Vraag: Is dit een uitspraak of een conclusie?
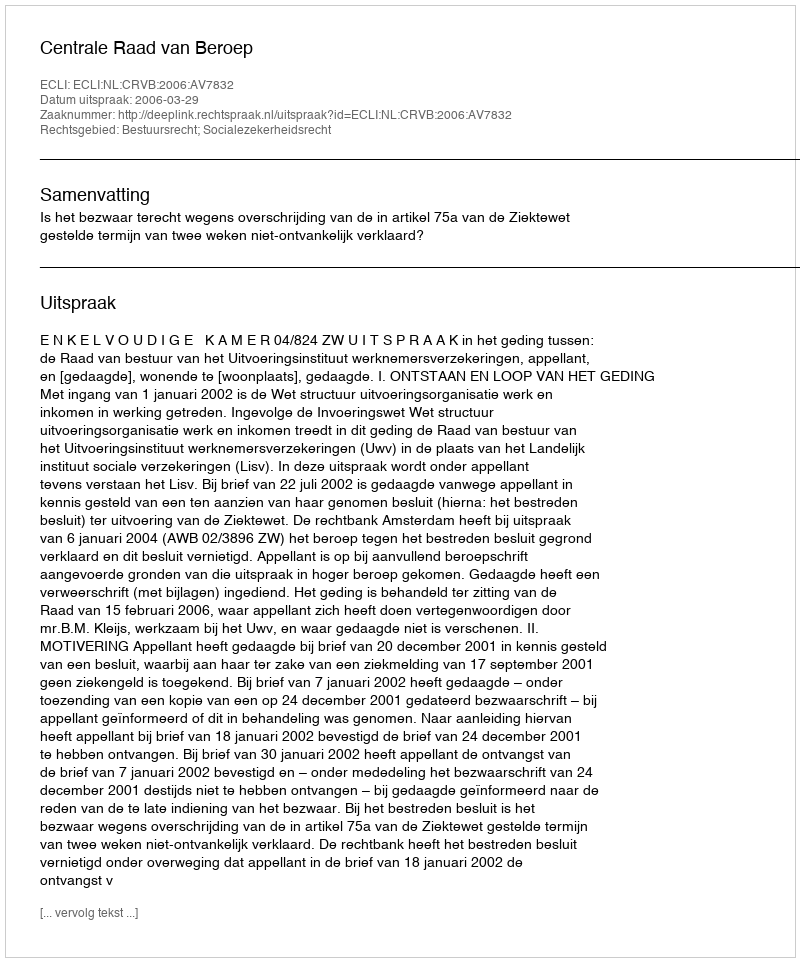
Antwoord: Uitspraak